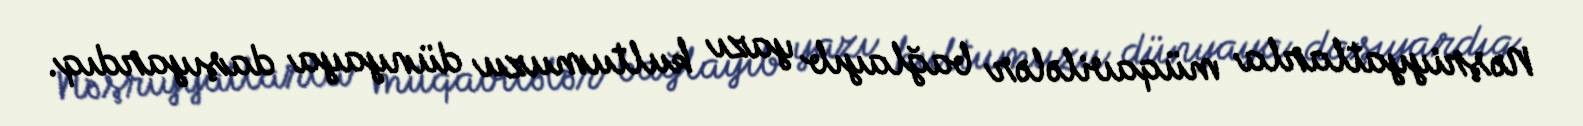
Nəşriyyatlarla müqavilələr bağlayıb yazı kultumuzu dünyaya daşıyardıq.